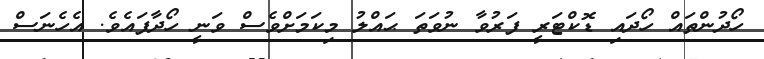
ހޯދުންތައް ހޯދައި ޑޮކްޓަރީ ފަރުވާ ނުވަތަ ޙައްލު މިކަމަށްވެސް ވަނީ ހޯދާފައެވެ. އެހެނަސް